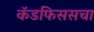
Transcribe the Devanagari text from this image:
कॅडफिससचा